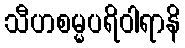
သီဟစမ္မပရိဝါရာနိ